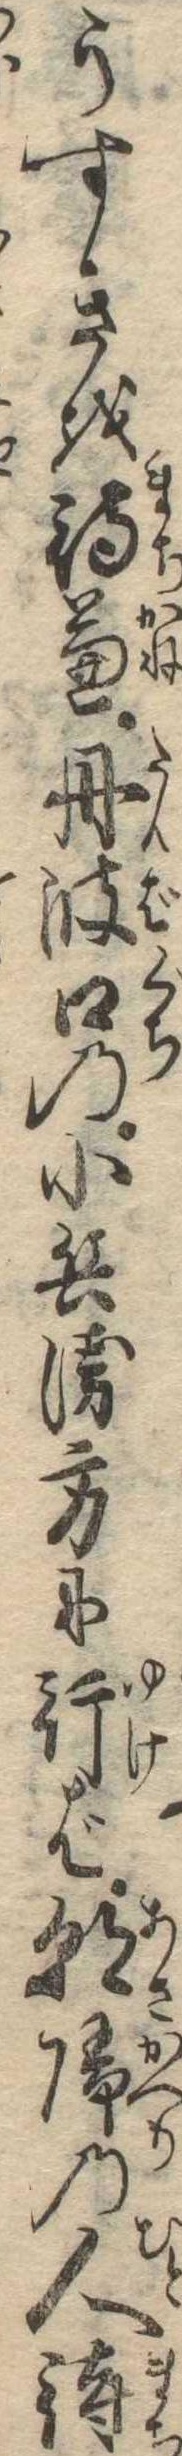
うすきを待兼丹波口の小兵衛方に行ば朝帰の人待